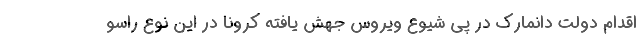
اقدام دولت دانمارک در پی شیوع ویروس جهش یافته کرونا در این نوع راسو